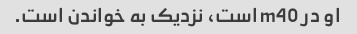
او در m40 است، نزدیک به خواندن است.